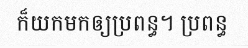
ក៏យកមកឲ្យប្រពន្ធ។ ប្រពន្ធ